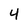
Character: 4